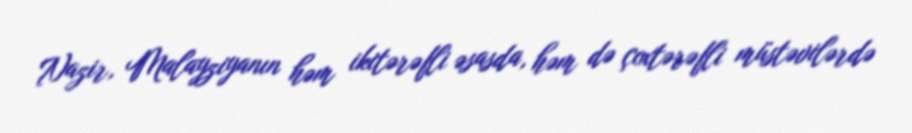
Nazir, Malayziyanın həm ikitərəfli əsasda, həm də çoxtərəfli müstəvilərdə